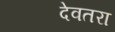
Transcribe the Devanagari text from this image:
देवतरा